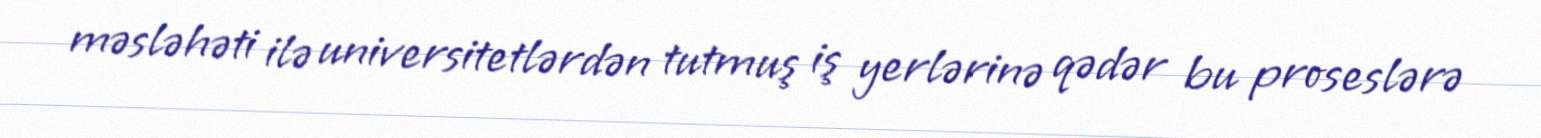
məsləhəti ilə universitetlərdən tutmuş iş yerlərinə qədər bu proseslərə